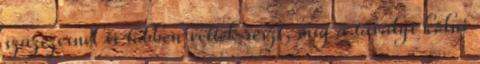
százezernél is többen vettek részt, míg a tavalyi kölni